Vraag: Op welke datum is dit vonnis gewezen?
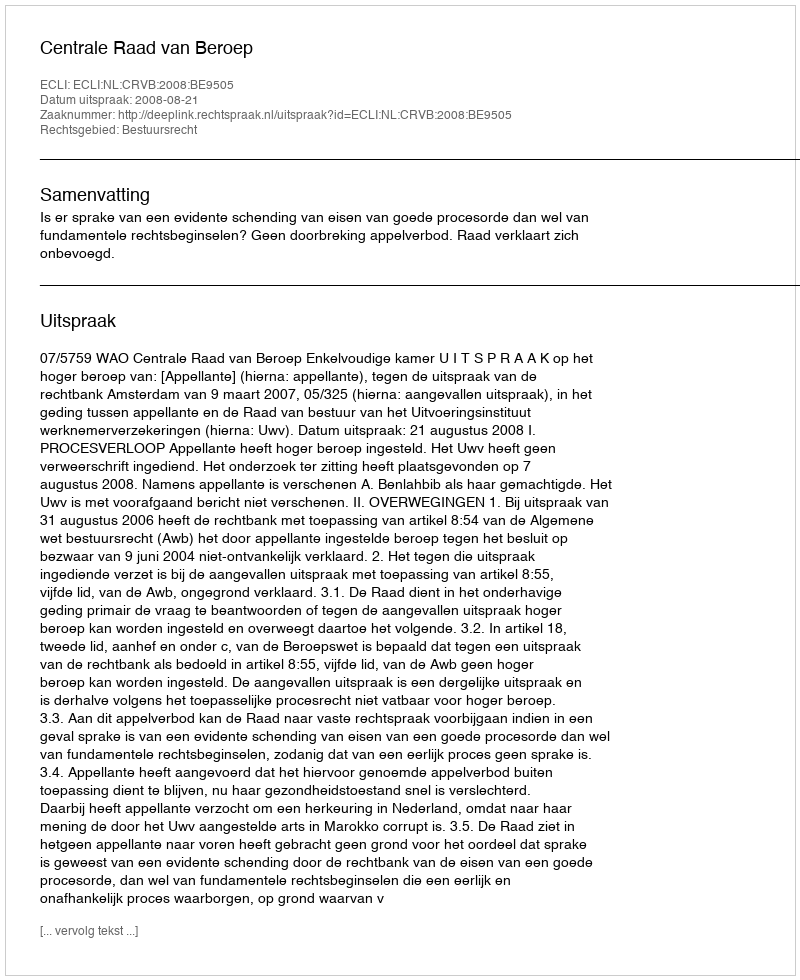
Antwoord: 2008-08-21